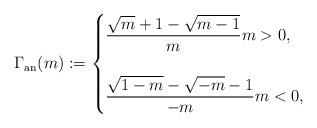
LaTeX: \begin{align*}\Gamma_{\operatorname{an}}(m):=\begin{cases} \dfrac{\sqrt{m}+1-\sqrt{m-1}}{m}m>0,\\\;\\\dfrac{\sqrt{1-m}-\sqrt{-m}-1}{-m}m<0,\end{cases}\end{align*}